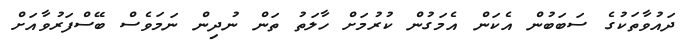
ދައުވާތަކުގެ ސަބަބުން އެކަން އެމަގުން ކުރުމަށް ހާލަތު ތަން ނުދިން ނަމަވެސް ބޭސްފަރުވާއަށް